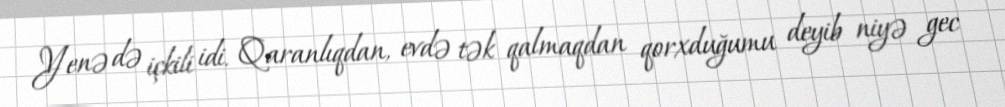
Yenə də içkili idi. Qaranlıqdan, evdə tək qalmaqdan qorxduğumu deyib niyə gec